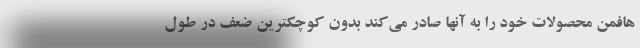
هافمن محصولات خود را به آنها صادر می‌کند بدون کوچکترین ضعف در طول